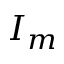
I _ { m }